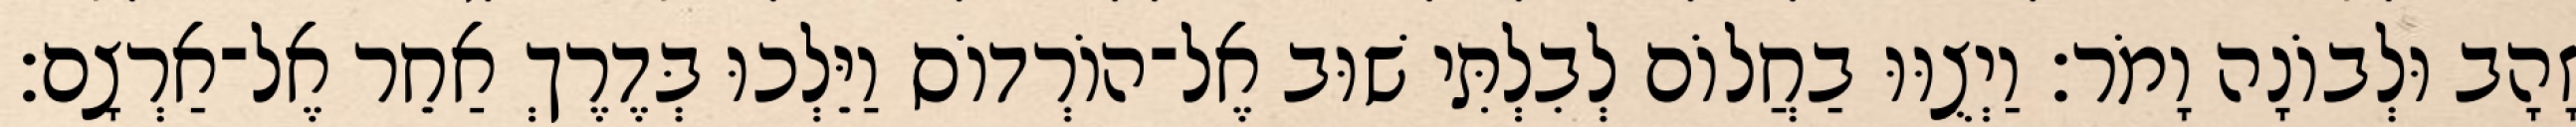
זָהָב וּלְבוֹנָה וָמֹר׃ וַיְצֻוּוּ בַחֲלוֹם לְבִלְתִּי שׁוּב אֶל־הוֹרְדוֹס וַיֵּלְכוּ בְּדֶרֶךְ אַחֵר אֶל־אַרְצָם׃